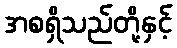
အစရှိသည်တို့နှင့်